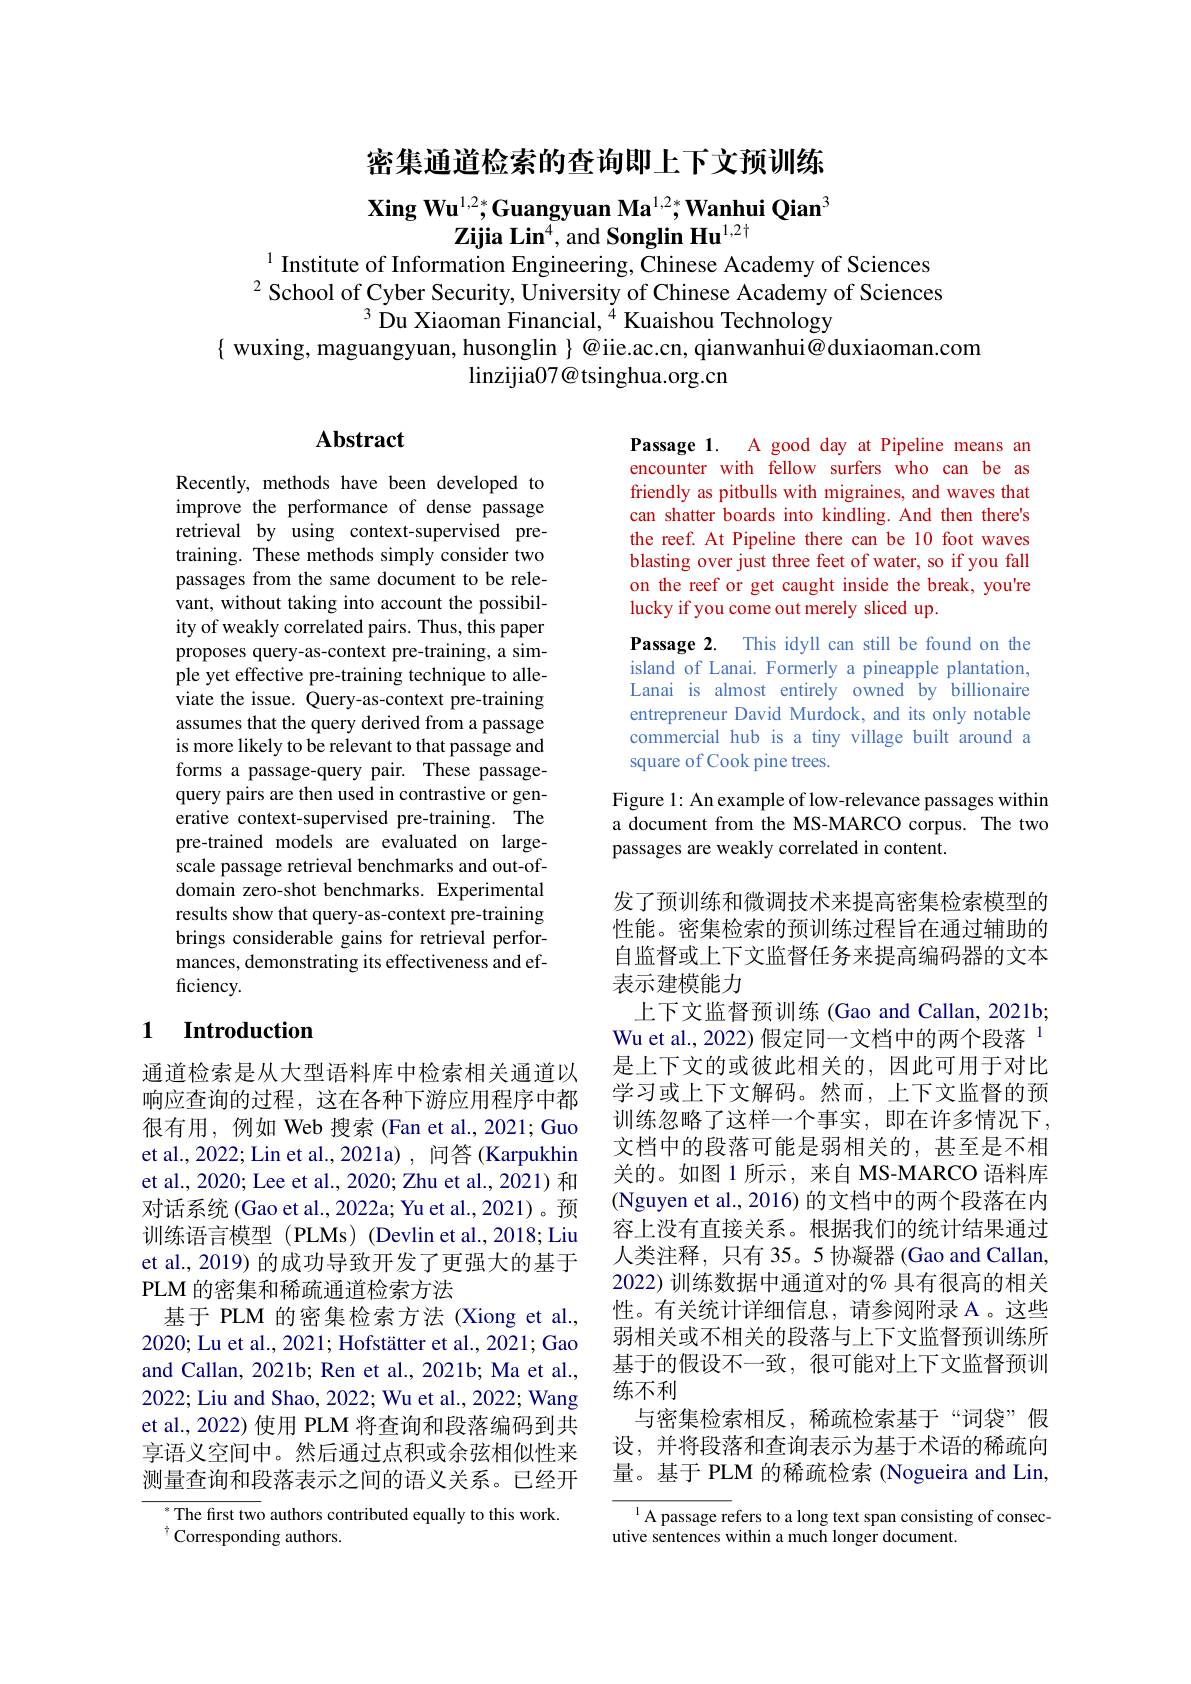
# 密集通道检索的查询即上下文预训练

$\textbf{Xing Wu}^{1,2*};$Guangyuan Ma$^1,2*,\textbf{Wanhui Qian}^3$
$\mathbf{Zijia~Lin^{4},~and~Songlin~Hu^{1,2\dagger}}$
$^{1}$ Institute of Information Engineering, Čhinese Academy of Sciences

$^2$School of Cyber Security, University of Chinese Academy of Sciences
$^{3}$ Du Xiaoman Financial, $^{\tilde{4}}$ Kuaishou Technology
$\{$ wuxing, maguangyuan, husonglin $\}$ @iie.ac.cn, qianwanhui@duxiaoman.com
linzijia07@ tsinghua.org.cn

## $\mathbf{Abstract}$

Passage 1. A good day at Pipeline means an encounter with fellow surfers who can be as friendly as pitbulls with migraines, and waves that can shatter boards into kindling. And then there's the reef. At Pipeline there can be 10 foot waves blasting over just three feet of water, so if you fall on the reef or get caught inside the break, you're lucky if you come out merely sliced up.
Passage 2. This idyll can still be found on the island of Lanai. Formerly a pineapple plantation, Lanai is almost entirely owned by billionaire entrepreneur David Murdock, and its only notable commercial hub is a tiny village built around a square of Cook pine trees.
Figure 1: An example of low-relevance passages within

Recently, methods have been developed to improve the performance of dense passage retrieval by using context-supervised pretraining. These methods simply consider two passages from the same document to be relevant, without taking into account the possibility of weakly correlated pairs. Thus, this paper proposes query-as-context pre-training, a simple yet effective pre-training technique to alleviate the issue. Query-as-context pre-training assumes that the query derived from a passage is more likely to be relevant to that passage and forms a passage-query pair. These passagequery pairs are then used in contrastive or generative context-supervised pre-training. The pre-trained models are evaluated on largescale passage retrieval benchmarks and out-ofdomain zero-shot benchmarks. Experimental results show that query-as-context pre-training brings considerable gains for retrieval performances, demonstrating its effectiveness and efficiency.

a document from the MS-MARCO corpus. The two
passages are weakly correlated in content.

## 1 Introduction

发了预训练和微调技术来提高密集检索模型的性能。密集检索的预训练过程旨在通过辅助的自监督或上下文监督任务来提高编码器的文本表示建模能力
上下文监督预训练 (Gao and Callan, 2021b; Wu et al., 2022) 假定同一文档中的两个段落$^{[\mathrm{o}]}$ 是上下文的或彼此相关的，因此可用于对比学习或上下文解码。然而，上下文监督的预训练忽略了这样一个事实，即在许多情况下文档中的段落可能是弱相关的，甚至是不相关的。如图 1 所示，来自 MS-MARCO 语料库(Nguyen et al., 2016) 的文档中的两个段落在内容上没有直接关系。根据我们的统计结果通过人类注释，只有 35。5 协凝器 (Gao and Callan, 2022)训练数据中通道对的% 具有很高的相关性。有关统计详细信息，请参阅附录 A 。这些弱相关或不相关的段落与上下文监督预训练所基于的假设不一致，很可能对上下文监督预训练不利
与密集检索相反，稀疏检索基于“词袋”假设，并将段落和查询表示为基于术语的稀疏向量。基于 PLM 的稀疏检索 (Nogueira and Lin,

通道检索是从大型语料库中检索相关通道以响应查询的过程，这在各种下游应用程序中都很有用，例如 Web 搜索(Fan et al.,2021; Guo et al., 2022; Lin et al., 2021a) , 问答 (Karpukhin et al., 2020; Lee et al., 2020; Zhu et al., 2021) 和对话系统 (Gao et al., 2022a; Yu et al., 2021)。预训练语言模型 (PLMs) (Devlin et al.,2018; Liu et al., 2019) 的成功导致开发了更强大的基于PLM的密集和稀疏通道检索方法
基于 PLM 的密集检索方法 (Xiong et al., 2020; Lu et al., 2021; Hofstätter et al., 2021; Gao and Callan, 2021b; Ren et al., 2021b; Ma et al., 2022; Liu and Shao, 2022; Wu et al., 2022; Wang et al., 2022) 使用 PLM 将查询和段落编码到共享语义空间中。然后通过点积或余弦相似性来测量查询和段落表示之间的语义关系。已经开

The first two authors contributed equally to this work.
$^{\dagger}$Corresponding authors.

$^{1}$A passage refers to a long text span consisting of consec-
utive sentences within a much longer document.